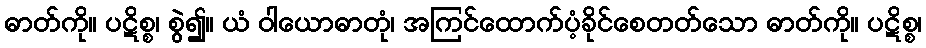
ဓာတ်ကို။ ပဋိစ္စ၊ စွဲ၍။ ယံ ဝါယောဓာတုံ၊ အကြင်ထောက်ပံ့ခိုင်စေတတ်သော ဓာတ်ကို။ ပဋိစ္စ၊